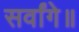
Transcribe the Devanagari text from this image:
सर्वांगे॥